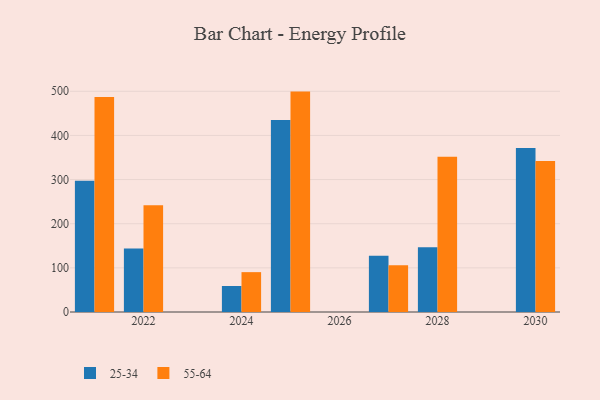
{"axis": {"x": "Year", "y": "Churn Rate (%)"}, "legend": ["25-34", "55-64"], "data": [{"x": "2027", "y": 127.6, "type": "25-34"}, {"x": "2027", "y": 106.0, "type": "55-64"}, {"x": "2028", "y": 146.5, "type": "25-34"}, {"x": "2028", "y": 351.7, "type": "55-64"}, {"x": "2030", "y": 371.7, "type": "25-34"}, {"x": "2030", "y": 341.9, "type": "55-64"}, {"x": "2021", "y": 297.4, "type": "25-34"}, {"x": "2021", "y": 487.2, "type": "55-64"}, {"x": "2022", "y": 144.1, "type": "25-34"}, {"x": "2022", "y": 241.8, "type": "55-64"}, {"x": "2025", "y": 434.7, "type": "25-34"}, {"x": "2025", "y": 499.3, "type": "55-64"}, {"x": "2024", "y": 58.9, "type": "25-34"}, {"x": "2024", "y": 90.3, "type": "55-64"}]}